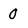
Character: 0